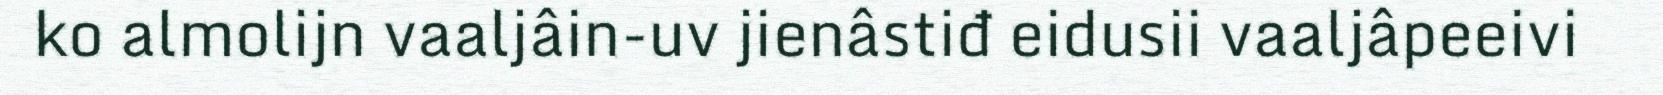
ko almolijn vaaljâin-uv jienâstiđ eidusii vaaljâpeeivi